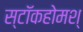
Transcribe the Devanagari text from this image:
स्टॉकहोमश्